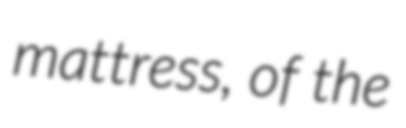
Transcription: mattress, of the